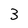
Character: 3